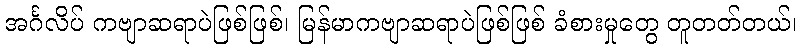
အင်္ဂလိပ် ကဗျာဆရာပဲဖြစ်ဖြစ်၊ မြန်မာကဗျာဆရာပဲဖြစ်ဖြစ် ခံစားမှုတွေ တူတတ်တယ်၊